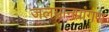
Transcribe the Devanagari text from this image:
जलयानप्रांगण